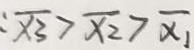
: \overline { x _ { 3 } } > \overline { x _ { 2 } } > \overline { x _ { 1 } }